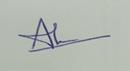
Signature authenticity: genuine